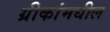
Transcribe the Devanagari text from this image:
ग्रीकांमधील